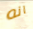
انه